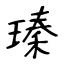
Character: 瑧